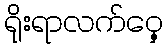
ရိုးရာလက်ဝှေ့